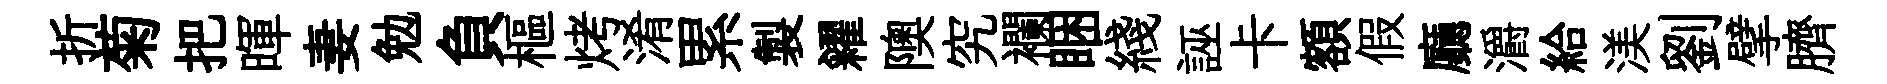
折菊把暉妻勉負樞烤淆累製糴隩究襴睏綫誣卡額假廳灂給渼劉擘臍